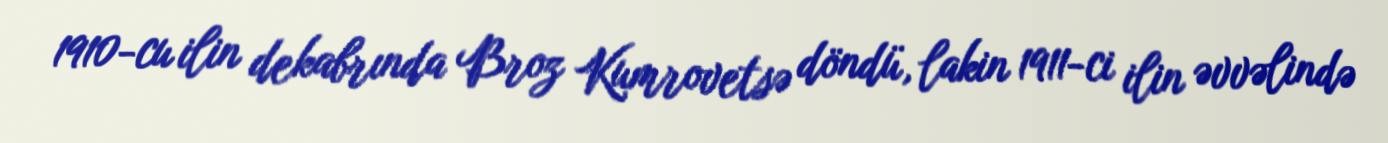
1910-cu ilin dekabrında Broz Kumrovetsə döndü, lakin 1911-ci ilin əvvəlində